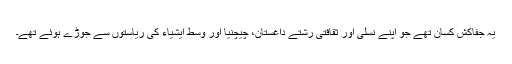
یہ جفاکش کسان تھے جو اپنے نسلی اور ثقافتی رشتے داغستان، چیچنیا اور وسط ایشیاء کی ریاستوں سے جوڑے ہوئے تھے۔